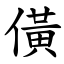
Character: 僙